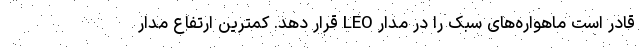
قادر است ماهواره‌های سبُک را در مدار LEO قرار دهد. کمترین ارتفاع مدار